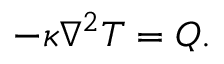
- \kappa \nabla ^ { 2 } T = Q .